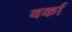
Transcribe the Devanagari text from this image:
वर्का